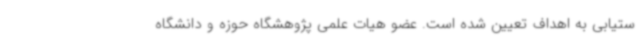
ستیابی به اهداف تعیین شده است. عضو هیات علمی پژوهشگاه حوزه و دانشگاه